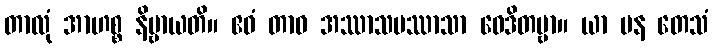
တာလုံ အာဟစ္စ နိဗ္ဗာယတိ။ ဧဝံ တာဝ အဿာသပဿာသာ ဝေဒိတဗ္ဗာ။ ယာ ပန တေသံ